Civil Veterinary Dept. North-West Frontier Province 1933-46 - 1933-1946
Year: 1933
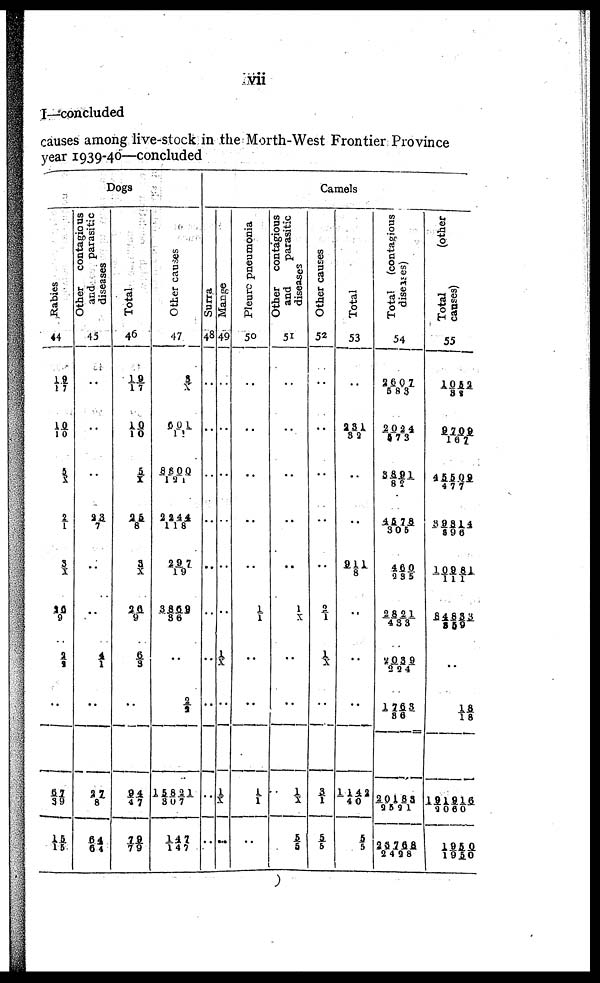
vii
I—concluded
causes among live-stock in the Morth-West Frontier Province
year 1939-40—concluded
Dogs
Rabies
44
19/17
10/10
3/X
2/1
3/ X
26/9
2/9
..
67/39
15/15
Other contagious
and
parasitic
diseases
45
..
..
..
23/7
..
..
4/1
..
27/8
64/64
Total
46
19/17
10/10
5/X
25/8
3/X
26/9
6/3
..
94/47
79/79
Other causes
47
3/X
601/11
8800/121
2244/ 118
297/19
3869/36
..
2/2
15821/307
147/147
Camels
Surra
48
..
..
..
..
..
..
..
..
..
Mange
49
..
..
..
..
..
1
..
1/X
..
Pleure pneumonia
50
..
..
..
..
..
1/1
..
..
1/1
..
Other contagious
and
parasitic
diseases
51
..
..
..
..
..
1/X
..
..
1/ X
5/5
Other causes
52
..
..
..
..
..
2/1
1/ X
..
3/1
5/5
Total
53
..
231/32
..
..
911/8
..
..
..
1142/40
5/5
Total
(contagious
diseases)
54
..
2024/173
5891/86
4578/305
460/ 235
2821/433
2039/294
1763/86
20183/9891
23768/2498
Total
(other
causes)
55
1052/88
9709/167
45509/477
89814/898
10981/111
84853/859
..
18/ 18
151916/2060
1950/1950